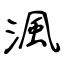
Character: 渢